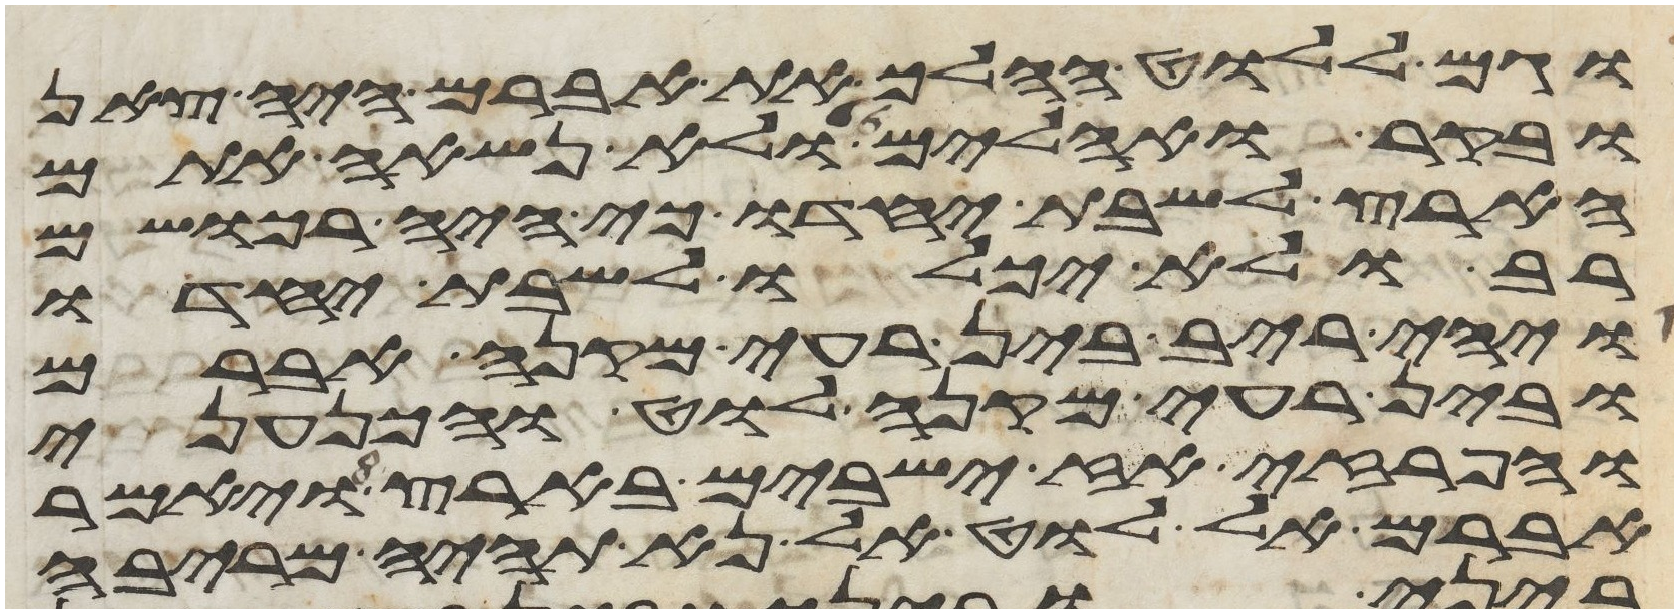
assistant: וגם ללוט ההלך את אברם היה צאן
ובקר ואהלים ולא נשאה אתם
הארץ לשבת יחדו כי היה רכושם
רב ולא יכלו לשבת יחדו
ויהי ריב בין רעי מקנה אברם
ובין רעי מקנה לוט והכנעני
והפרזי אז ישבים בארץ ויאמר
אברם אל לוט אל נא תהיה מריבה